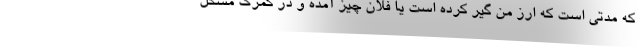
که مدتی است که ارز من گیر کرده است یا فلان چیز آمده و در گمرک مشکل